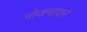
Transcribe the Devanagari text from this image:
मोजमापाने